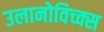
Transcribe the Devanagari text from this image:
उलानोविच्क्स